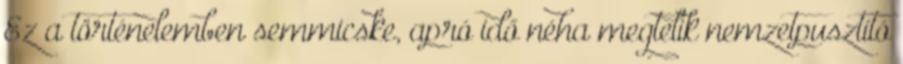
Ez a történelemben semmicske, apró idő néha megtelik nemzetpusztító